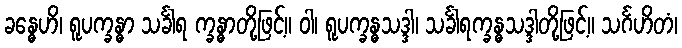
ခန္ဓေဟိ၊ ရူပက္ခန္ဓာ သင်္ခါရ က္ခန္ဓာတို့ဖြင့်။ ဝါ၊ ရူပက္ခန္ဓသဒ္ဒါ၊ သင်္ခါရက္ခန္ဓသဒ္ဒါတို့ဖြင့်။ သင်္ဂဟိတံ၊